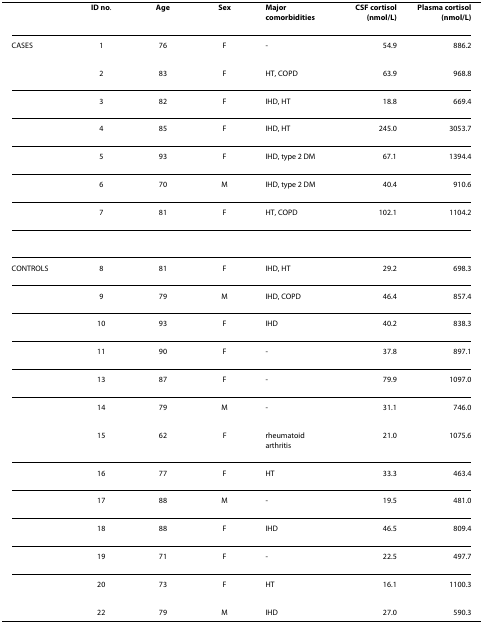
<table><thead><tr><td></td><td><b>ID no.</b></td><td><b>Age</b></td><td><b>Sex</b></td><td><b>Major comorbidities</b></td><td><b>CSF cortisol (nmol/L)</b></td><td><b>Plasma cortisol (nmol/L)</b></td></tr></thead><tbody><tr><td>CASES</td><td>1</td><td>76</td><td>F</td><td>-</td><td>54.9</td><td>886.2</td></tr><tr><td></td><td>2</td><td>83</td><td>F</td><td>HT, COPD</td><td>63.9</td><td>968.8</td></tr><tr><td></td><td>3</td><td>82</td><td>F</td><td>IHD, HT</td><td>18.8</td><td>669.4</td></tr><tr><td></td><td>4</td><td>85</td><td>F</td><td>IHD, HT</td><td>245.0</td><td>3053.7</td></tr><tr><td></td><td>5</td><td>93</td><td>F</td><td>IHD, type 2 DM</td><td>67.1</td><td>1394.4</td></tr><tr><td></td><td>6</td><td>70</td><td>M</td><td>IHD, type 2 DM</td><td>40.4</td><td>910.6</td></tr><tr><td></td><td>7</td><td>81</td><td>F</td><td>HT, COPD</td><td>102.1</td><td>1104.2</td></tr><tr><td>CONTROLS</td><td>8</td><td>81</td><td>F</td><td>IHD, HT</td><td>29.2</td><td>698.3</td></tr><tr><td></td><td>9</td><td>79</td><td>M</td><td>IHD, COPD</td><td>46.4</td><td>857.4</td></tr><tr><td></td><td>10</td><td>93</td><td>F</td><td>IHD</td><td>40.2</td><td>838.3</td></tr><tr><td></td><td>11</td><td>90</td><td>F</td><td>-</td><td>37.8</td><td>897.1</td></tr><tr><td></td><td>13</td><td>87</td><td>F</td><td>-</td><td>79.9</td><td>1097.0</td></tr><tr><td></td><td>14</td><td>79</td><td>M</td><td>-</td><td>31.1</td><td>746.0</td></tr><tr><td></td><td>15</td><td>62</td><td>F</td><td>rheumatoid arthritis</td><td>21.0</td><td>1075.6</td></tr><tr><td></td><td>16</td><td>77</td><td>F</td><td>HT</td><td>33.3</td><td>463.4</td></tr><tr><td></td><td>17</td><td>88</td><td>M</td><td>-</td><td>19.5</td><td>481.0</td></tr><tr><td></td><td>18</td><td>88</td><td>F</td><td>IHD</td><td>46.5</td><td>809.4</td></tr><tr><td></td><td>19</td><td>71</td><td>F</td><td>-</td><td>22.5</td><td>497.7</td></tr><tr><td></td><td>20</td><td>73</td><td>F</td><td>HT</td><td>16.1</td><td>1100.3</td></tr><tr><td></td><td>22</td><td>79</td><td>M</td><td>IHD</td><td>27.0</td><td>590.3</td></tr></tbody></table>